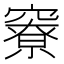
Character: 竂